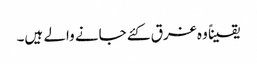
یقیناً وہ غرق کئے جانے والے ہیں۔